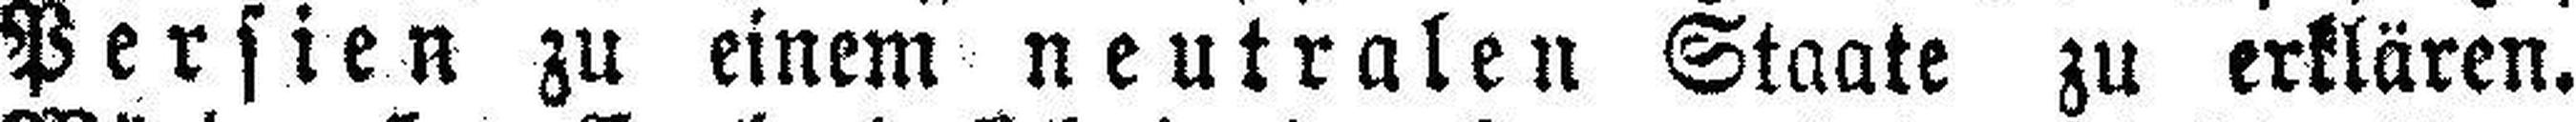
Persien zu einem neutralen Staate zu erklären.